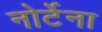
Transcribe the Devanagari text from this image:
नोर्टेना